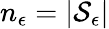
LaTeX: n_{\epsilon}=|\mathcal{S}_{\epsilon}|